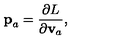
{ \bf p } _ { a } = \frac { \partial L } { \partial { \bf v } _ { a } } ,